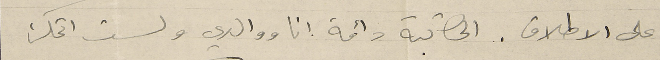
على الاطلاق. المكاتبة دائمة انا ووالدي ولست اتمكن